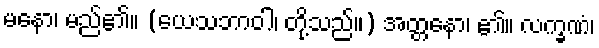
မနော၊ မည်၏။ (ယေသဘာဝါ၊ တို့သည်။) အတ္တနော၊ ၏။ လက္ခဏံ၊